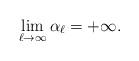
LaTeX: \begin{align*}\lim_{\ell \to \infty} \alpha_\ell = +\infty.\end{align*}